Bréfritari: Ólafur Björnsson
Viðtakandi: Halldór Jónsson
Dagsetning: A-1877-01-12
Skrifað á: Merki, Jökuldal  N-Múl.

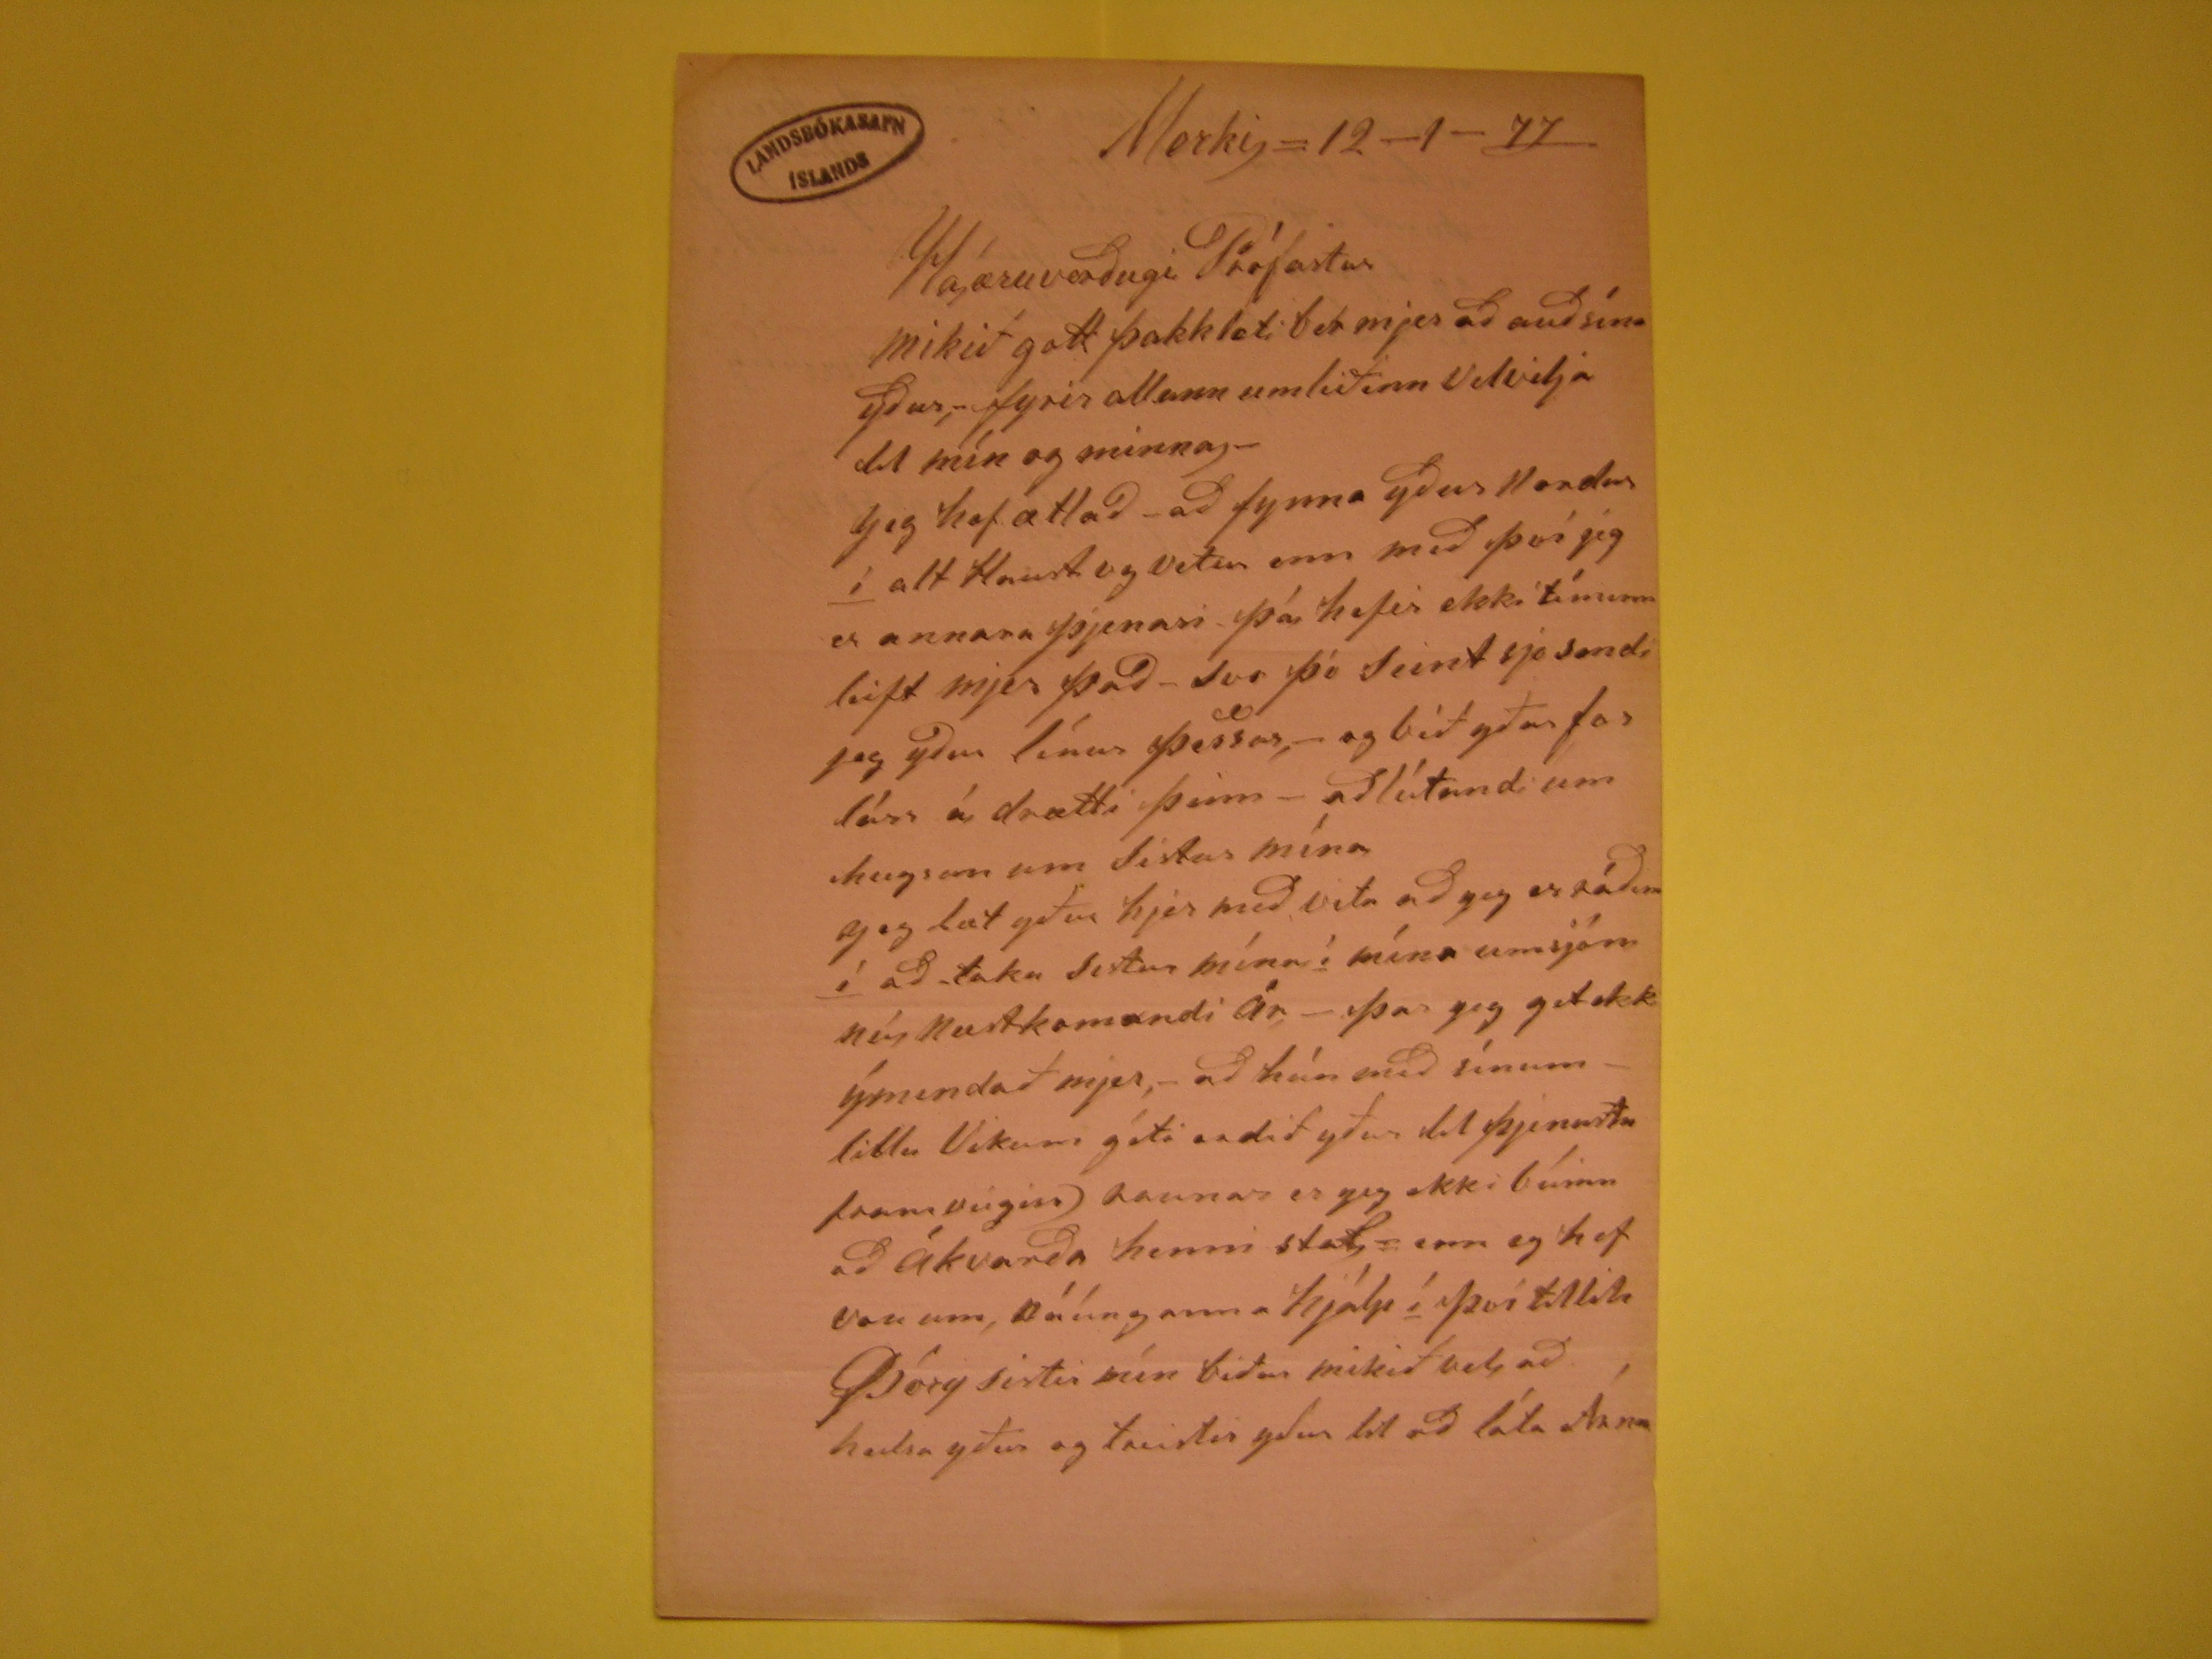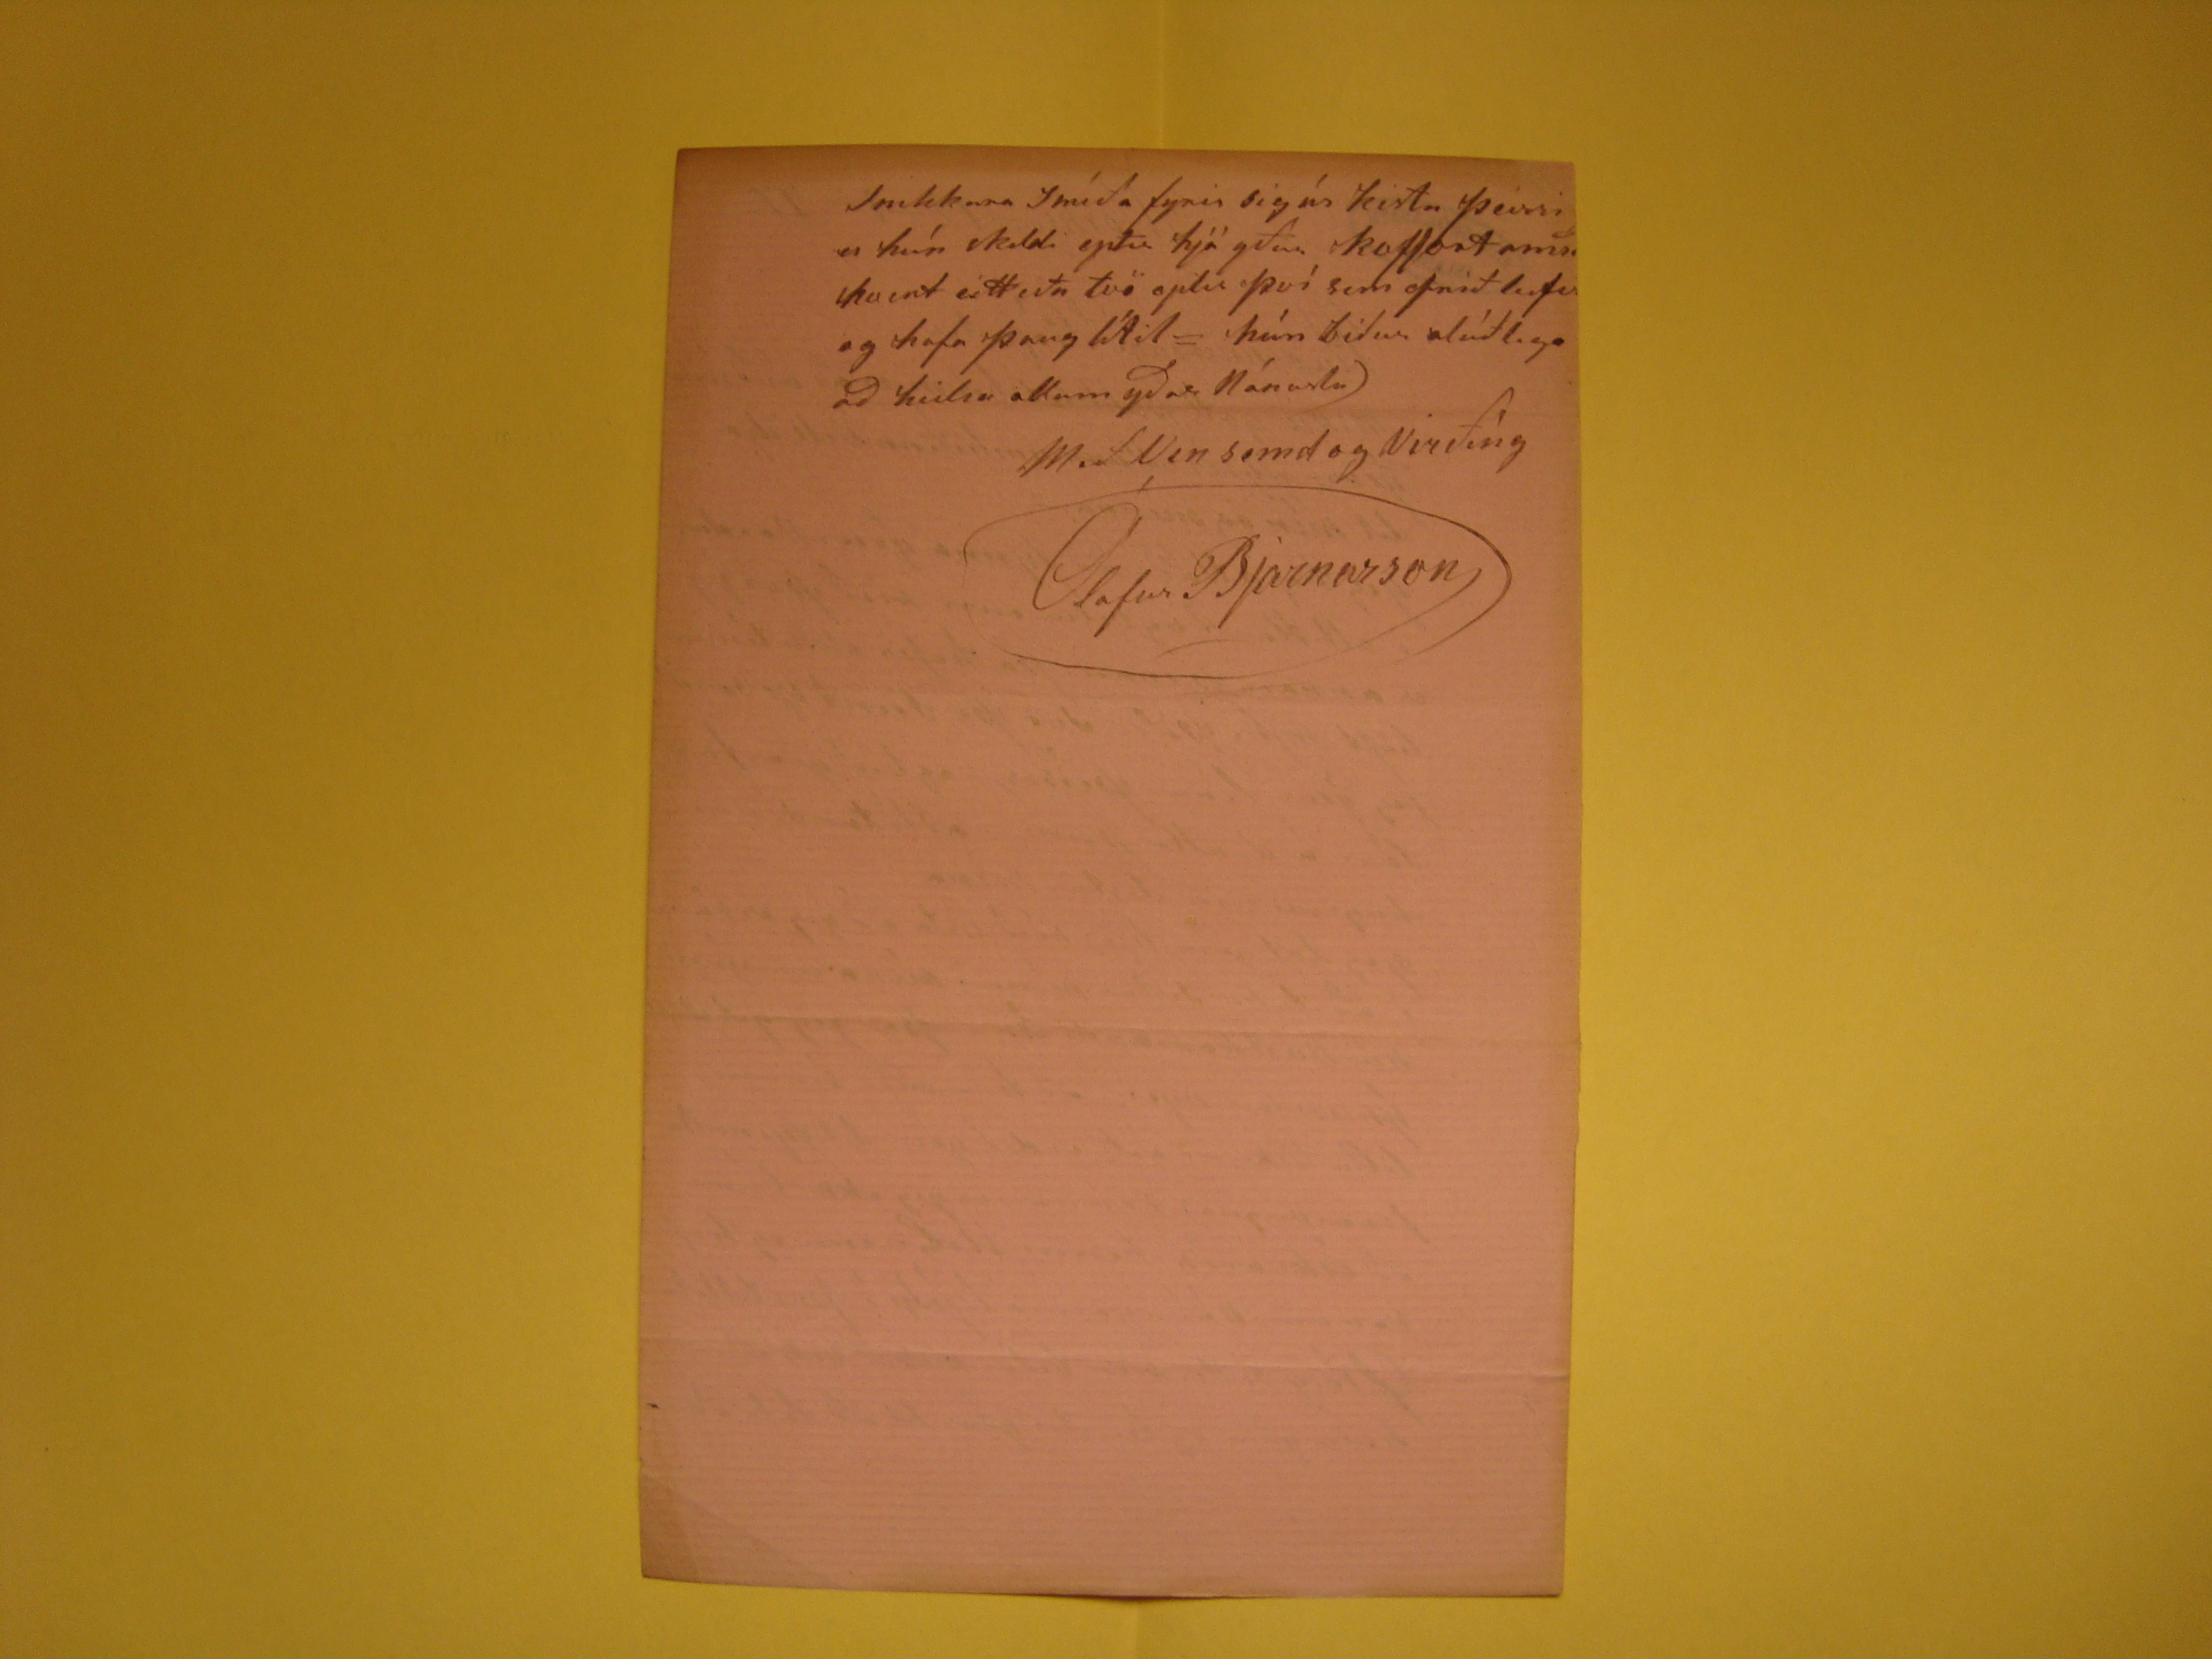

Merki,=12-1-77
Háæruverðugi Prófastur
Mikið gott þakklæti ber mjer að auðsína yður,- fyrir allann umliðinn velvilja til mín og minna,- Jeg hef ætlað - að fynna yður
11ondur
í
alt Haust og vetur enn með því jeg er annara þjenari þá hefir ekki tíminn leift mjer það - svo þó seint sje sendi jeg yður línur þessar,-
og bið yður forláss á drætti þeim - aðlútandi um hugsun um Sistur mína Jeg læt yður hjer með vita að jeg er ráðin
í
að taka sestur
þína
í
mína umsjón
nú næstkomandi
ár,- þar jeg get ekki ýmendað mjer,- að hún með sínum - litlu Vikum
géti
ordið
yður til þjenustu framveigis) raunar er jeg ekki búinn að ákvarða henni stað= enn eg hef von um, náúnganna hjálp
í því tilliti
Þórg
sistir þín biður mikið vel, að heilsa yður og treistir yður til að láta Árna
snekkara
smíða fyrir sig úr kistu þeirri er hún skildi eptir hjá yður koffort
ameð hvert
eitt eða tvö eptir því sem
ofrið
leifir og hafa þaug lítil= hún biður alúðlega að heilsa allum yðar Nánustu)
Með Ven semd og Virðíng
Ólafur Bjarnarson